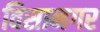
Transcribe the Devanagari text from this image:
विसानगर